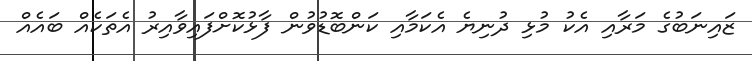
ޒައިނަބުގެ މަރާއި އެކު މުޅި ދުނިޔެ އެކަމާއި ކަންބޮޑުވުން ފާޅުކޮށްފައިވާއިރު އެތަކެއް ބައެއް